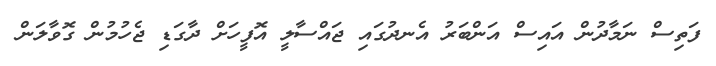
ފަތިސް ނަމާދުން އައިސް އަންބަރު އެނދުގައި ޖައްސާލީ އޮފީހަށް ދާގަޑި ޖެހުމުން ގޮވާލަން